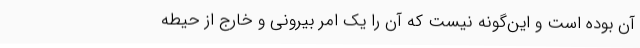
آن بوده است و این‌گونه نیست که آن را یک امر بیرونی و خارج از حیطه